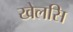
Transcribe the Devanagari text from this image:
खेलसि